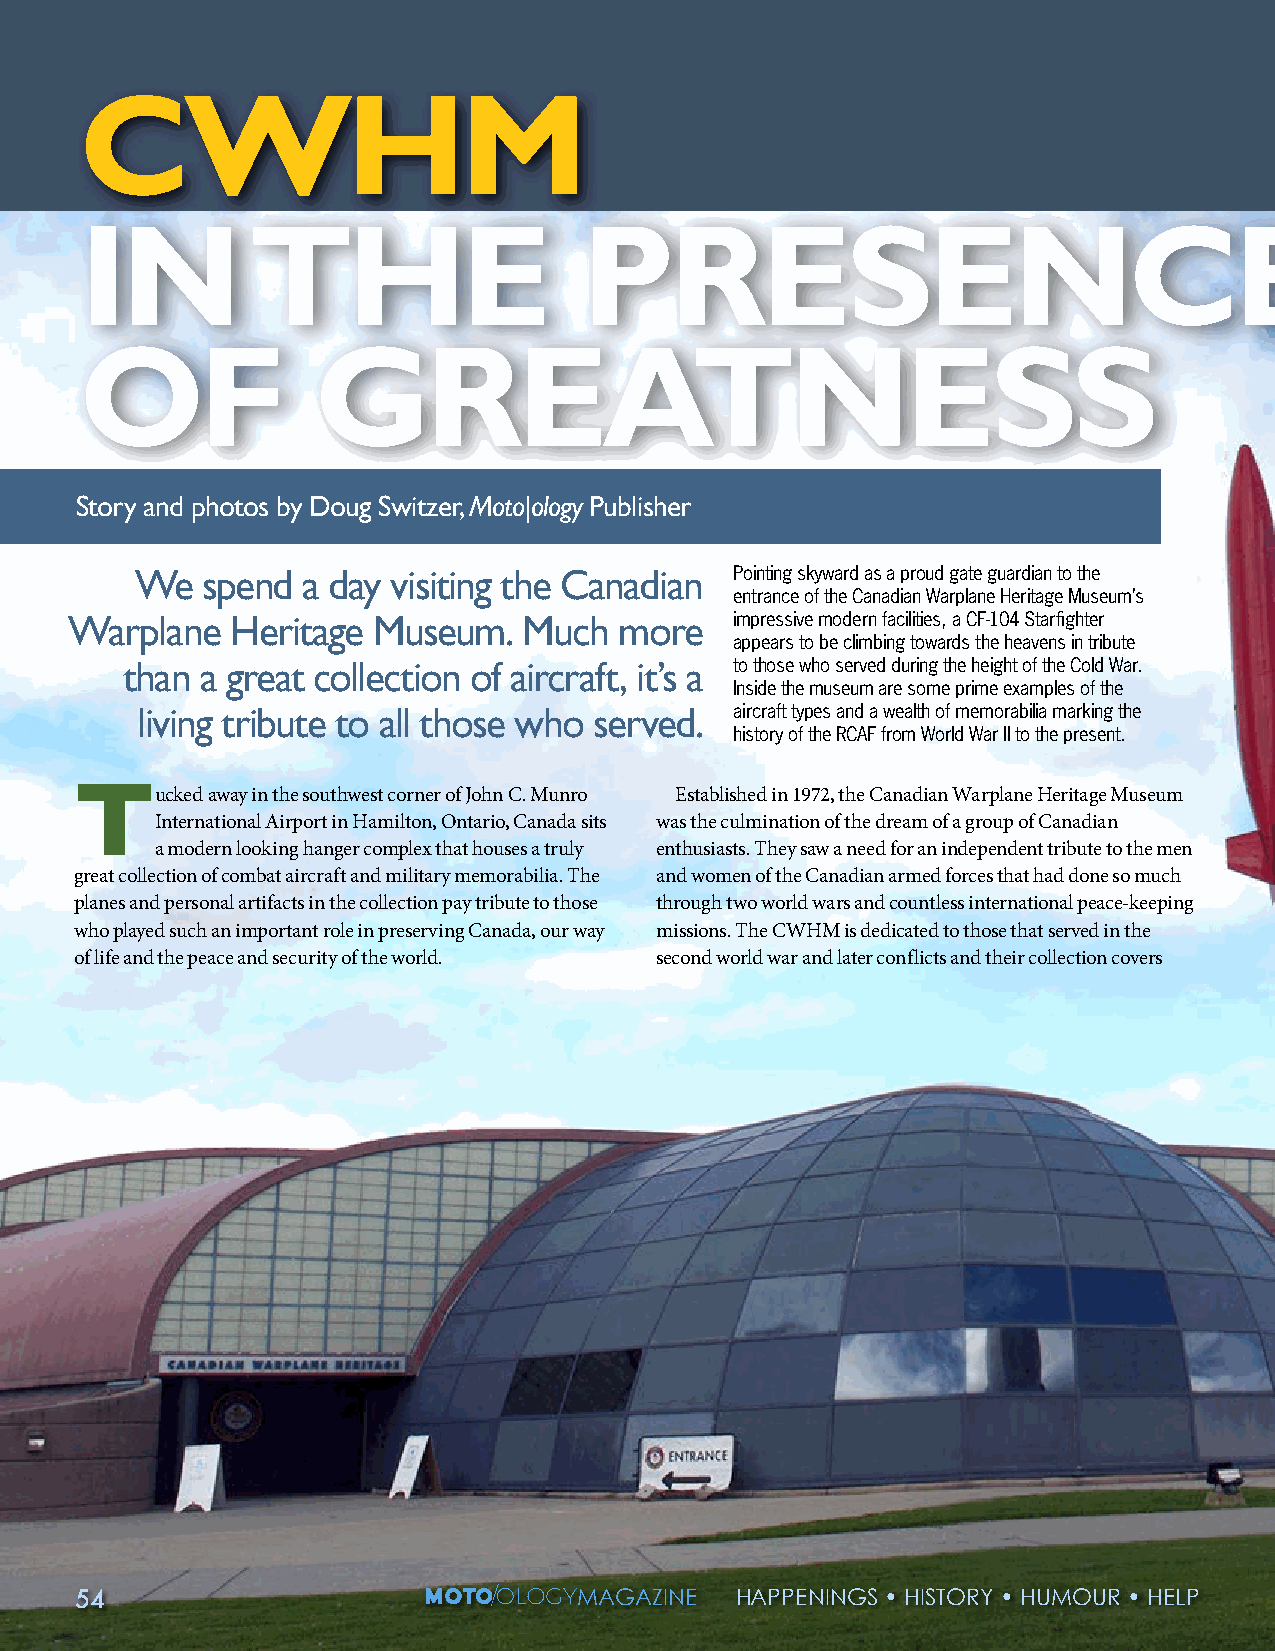
CWHM
 IN          THE                  PRESENCE
 OF              GREATNESS
 Story and photos by Doug Switzer, Moto|ology Publisher
 We  spend  a day visiting the Canadian  Pointing skyward as a proud gate guardian to the
 entrance of the Canadian Warplane Heritage Museum’s
 Warplane  Heritage  Museum.   Much  more    impressive modern facilities, a CF-104 Starfighter
 appears to be climbing towards the heavens in tribute
 than a great collection of aircraft, it’s a to those who served during the height of the Cold War.
 Inside the museum are some prime examples of the
 living tribute to all those who served. aircraft types and a wealth of memorabilia marking the
 history of the RCAF from World War II to the present.
 Tucked   away in the southwest corner of John C. Munro Established in 1972, the Canadian Warplane Heritage Museum
 International Airport in Hamilton, Ontario, Canada sits was the culmination of the dream of a group of Canadian
 a modern looking hanger complex that houses a truly enthusiasts. They saw a need for an independent tribute to the men
 great collection of combat aircraft and military memorabilia. The and women of the Canadian armed forces that had done so much
 planes and personal artifacts in the collection pay tribute to those through two world wars and countless international peace-keeping
 who played such an important role in preserving Canada, our way missions. The CWHM is dedicated to those that served in the
 of life and the peace and security of the world. second world war and later conflicts and their collection covers
 5544                             MMAAGGAAZZIINNEE HHAAPPPPEENNIINNGGSS •• HHIISSTTOORRYY •• HHUUMMOOUURR •• HHEELLPP